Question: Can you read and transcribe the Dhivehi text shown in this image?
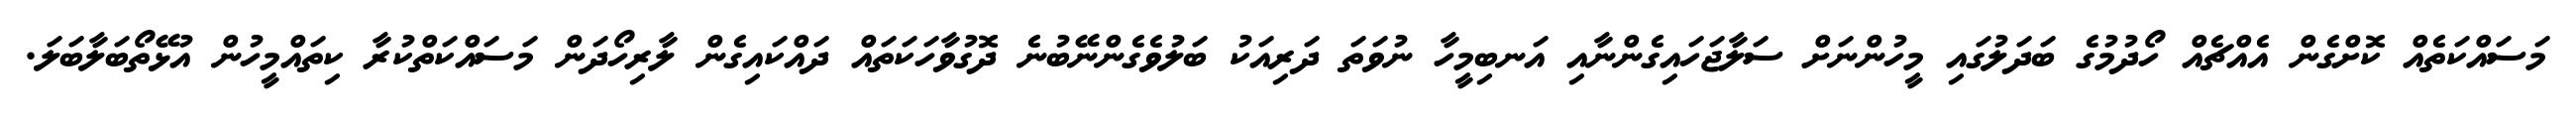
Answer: މަސައްކަތެއް ކޮށްގެން އެއްޗެއް ހޯދުމުގެ ބަދަލުގައި މީހުންނަށް ސަލާޖަހައިގެންނާއި އަނބިމީހާ ނުވަތަ ދަރިއަކު ބަލުވެގެންނޭބުނެ ދޮގުވާހަކަތައް ދައްކައިގެން ލާރިހޯދަން މަސައްކަތްކުރާ ކިތައްމީހުން އުޅޭތޯބަލާބަލަ.